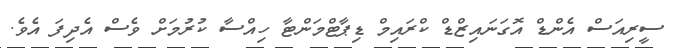
ސީރިއަސް އެންޑް އޮގަނައިޒްޑް ކްރައިމް ޑިޕާޓްމަންޓާ ހިއްސާ ކުރުމަށް ވެސް އެދިފަ އެވެ.